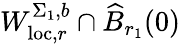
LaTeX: W_{\mathrm{loc},r}^{\Sigma_{1},b}\cap\widehat{B}_{r_{1}}(0)